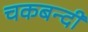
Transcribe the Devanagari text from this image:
चकबन्दी